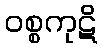
ဝစ္စကုဋိ